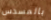
بالمسدس